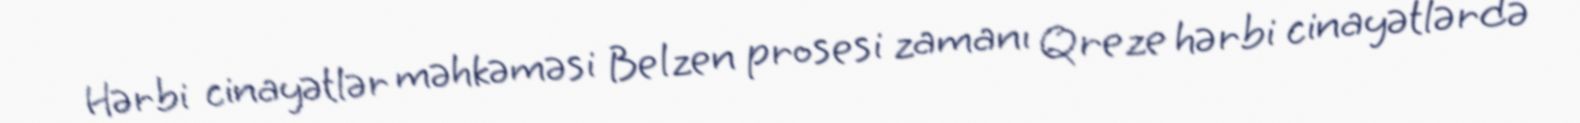
Hərbi cinayətlər məhkəməsi Belzen prosesi zamanı Qreze hərbi cinayətlərdə